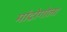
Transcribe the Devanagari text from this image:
मांद्रोगोला